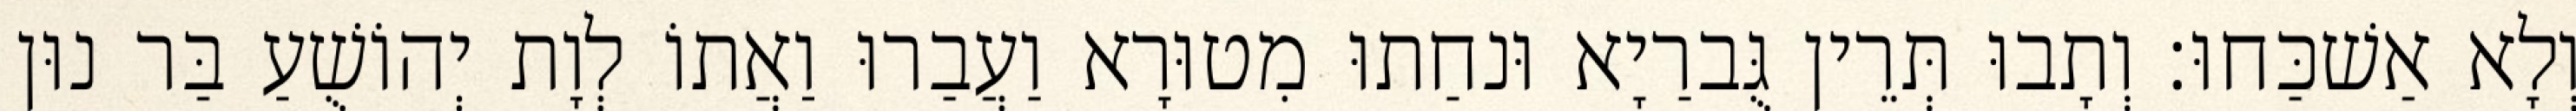
וְלָא אַשׁכַּחוּ׃ וְתָבוּ תְּרֵין גֻּברַיָא וּנחַתוּ מִטוּרָא וַעֲבַרוּ וַאֲתוֹ לְוָת יְהוֹשֻׁעַ בַּר נוּן